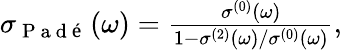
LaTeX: \begin{array}{r}{\sigma_{\mathrm{~P~a~d~é~}}(\omega)=\frac{\sigma^{(0)}(\omega)}{1-\sigma^{(2)}(\omega)/\sigma^{(0)}(\omega)},}\end{array}